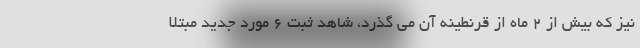
نیز که بیش از 2 ماه از قرنطینه آن می گذرد، شاهد ثبت 6 مورد جدید مبتلا